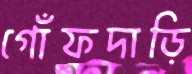
গোঁফদাড়ি